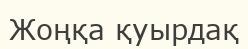
Жоңқа қуырдақ